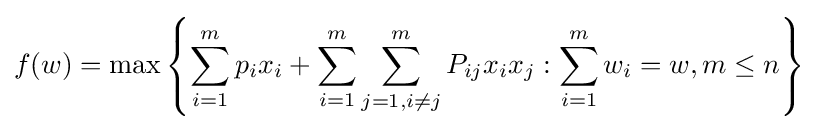
f(w)=\max \left\{\sum _{i=1}^{m}p_{i}x_{i}+\sum _{i=1}^{m}\sum _{j=1,i\neq j}^{m}P_{ij}x_{i}x_{j}:\sum _{i=1}^{m}w_{i}=w,m\leq n\right\}